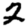
Digit: 2